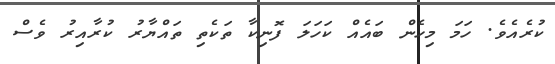
ކުރެއެވެ. ހަމަ މިހެން ބައެއް ކަހަލަ ފޮނިކާ ތަކެތި ތައްޔާރު ކުރާއިރު ވެސް